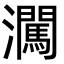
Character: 㶒